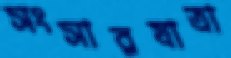
সংসারযাত্রা